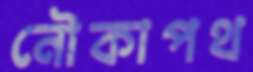
নৌকাপথ